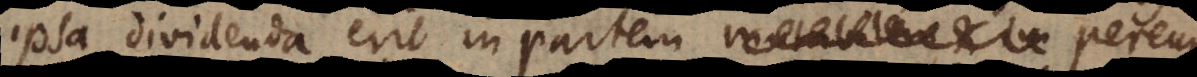
ipsa dividenda erit in partem mutabilem